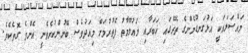
މައްސަލައަކީ އަޅުގަނޑުމެންގެ ތެރޭގައި ޚަބަރާއި މަޢުލޫމާތު ފެތުރުމަށް މިއަދުވެސް ބޭނުންކުރެވެނީ އެންމެ ގޮތެކެވެ.